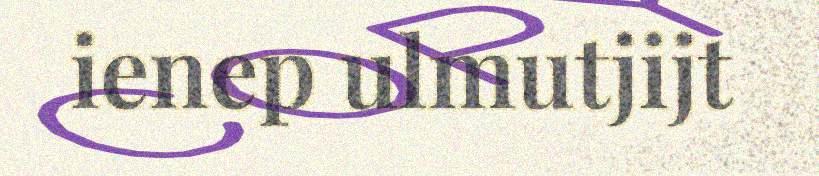
ienep ulmutjijt